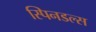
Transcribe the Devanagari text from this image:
स्पिनडल्स